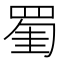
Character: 𦋅